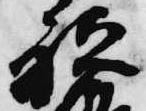
祗